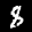
Label: 8